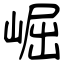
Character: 崛